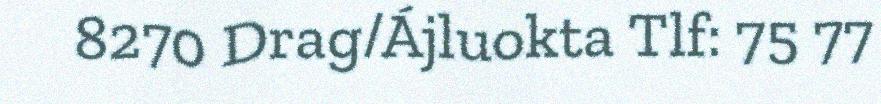
8270 Drag/Ájluokta Tlf: 75 77